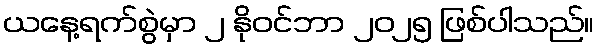
ယနေ့ရက်စွဲမှာ ၂ နိုဝင်ဘာ ၂၀၂၅ ဖြစ်ပါသည်။